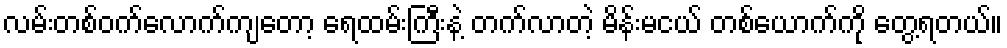
လမ်းတစ်ဝက်လောက်ကျတော့ ရေထမ်းကြီးနဲ့ တက်လာတဲ့ မိန်းမငယ် တစ်ယောက်ကို တွေ့ရတယ်။